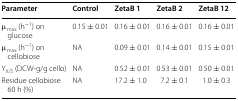
| Parameter | Control | ZetaB 1 | ZetaB 2 | ZetaB 12 |
 | --- | --- | --- | --- | --- |
 | μmax (h−1) on glucose | 0.15 ± 0.01 | 0.16 ± 0.01 | 0.16 ± 0.01 | 0.16 ± 0.01 |
 | μmax (h−1) on cellobiose | NA | 0.09 ± 0.01 | 0.14 ± 0.01 | 0.15 ± 0.01 |
 | YX/S (DCW-g/g cello) | NA | 0.52 ± 0.01 | 0.53 ± 0.01 | 0.50 ± 0.01 |
 | Residue cellobiose 60 h (%) | NA | 17.2 ± 1.0 | 7.2 ± 0.1 | 1.0 ± 0.3 |